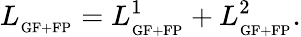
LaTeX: L_{_{\mathrm{GF+FP}}}=L_{_{\mathrm{GF+FP}}}^{1}+L_{_{\mathrm{GF+FP}}}^{2}.